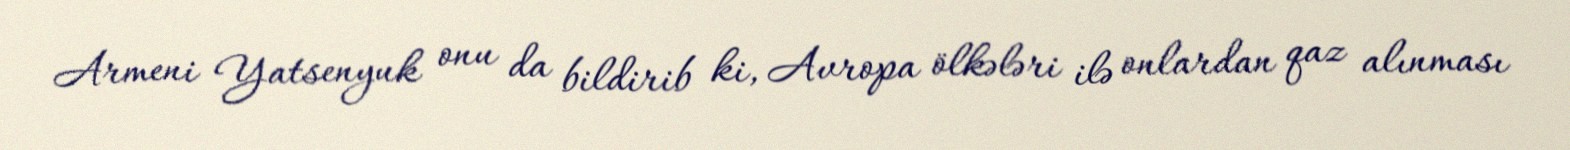
Armeni Yatsenyuk onu da bildirib ki, Avropa ölkələri ilə onlardan qaz alınması